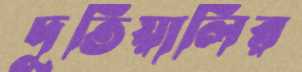
দূতিয়ালির